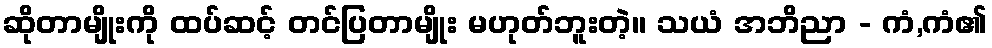
ဆိုတာမျိုးကို ထပ်ဆင့် တင်ပြတာမျိုး မဟုတ်ဘူးတဲ့။ သယံ အဘိညာ - ကံ,ကံ၏